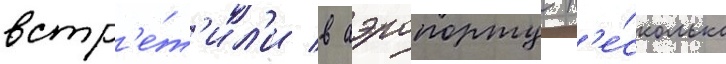
встр'е́т'ил'и в аэропорту н'е́сколько